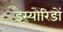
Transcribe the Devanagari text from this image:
डैस्योरिडों